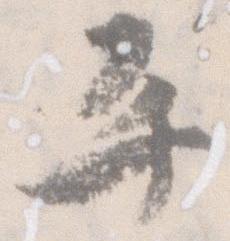
平